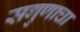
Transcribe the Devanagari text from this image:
सगुणाचा